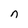
Character: n